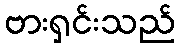
ဗားရှင်းသည်